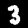
Digit: 3